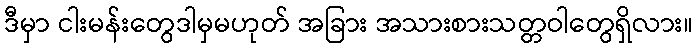
ဒီမှာ ငါးမန်းတွေဒါမှမဟုတ် အခြား အသားစားသတ္တဝါတွေရှိလား။